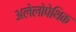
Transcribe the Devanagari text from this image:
अलेलोपेथिक